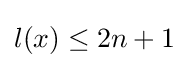
{\textstyle l(x)\leq 2n+1}